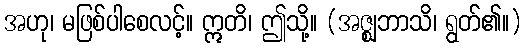
အဟု၊ မဖြစ်ပါစေလင့်။ ဣတိ၊ ဤသို့။ (အဇ္ဈဘာသိ၊ ရွတ်၏။)